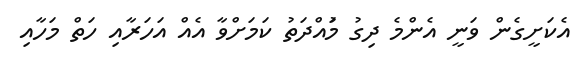
އެކަށީގެން ވަނީ އެންމެ ދިގު މުައްދަތު ކަމަށްވާ އެއް އަހަރާއި ހަތް މަހާއި